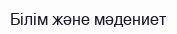
Білім және мәдениет